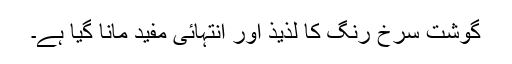
گوشت سرخ رنگ کا لذیذ اور انتہائی مفید مانا گیا ہے۔